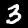
Label: 3